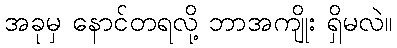
အခုမှ နောင်တရလို့ ဘာအကျိုး ရှိမလဲ။